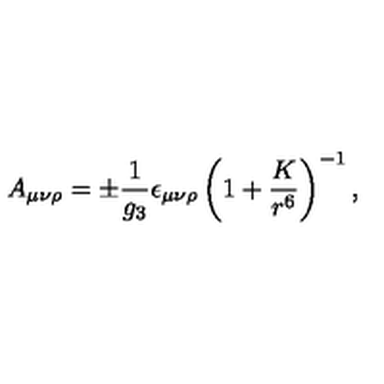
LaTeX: A _ { \mu \nu \rho } = \pm { \frac { 1 } { g _ { 3 } } } \epsilon _ { \mu \nu \rho } \left( 1 + { \frac { K } { r ^ { 6 } } } \right) ^ { - 1 } ,